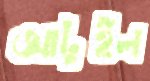
আটুইল